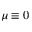
\mu \equiv 0